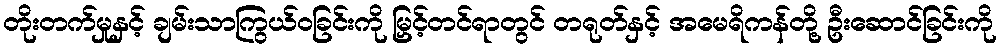
တိုးတက်မှုနှင့် ချမ်းသာကြွယ်ဝခြင်းကို မြှင့်တင်ရာတွင် တရုတ်နှင့် အမေရိကန်တို့ ဦးဆောင်ခြင်းကို